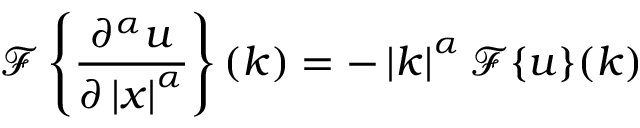
{ \mathcal { F } } \left\{ { \frac { \partial ^ { \alpha } u } { \partial \left| x \right| ^ { \alpha } } } \right\} ( k ) = - \left| k \right| ^ { \alpha } { \mathcal { F } } \{ u \} ( k )